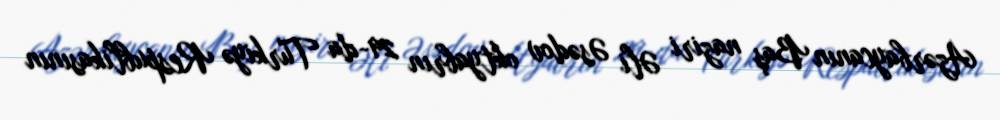
Azərbaycanın Baş naziri Əli Əsədov oktyabrın 29-da Türkiyə Respublikasının